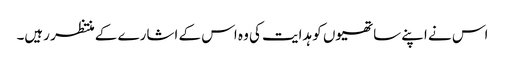
اس نے اپنے ساتھیوں کو ہدایت کی وہ اس کے اشارے کے منتظر رہیں۔